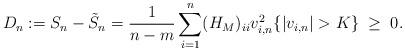
LaTeX: \begin{align*}D_n &:= S_n - \tilde{S}_n =\frac{1}{n-m}\sum_{i=1}^n(H_M)_{ii} v_{i,n}^2\{|v_{i,n}|>K\} \;\ge\; 0.\end{align*}